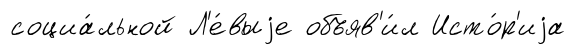
социа́льной Л'е́выjе объяв'и́л Исто́р'иjа